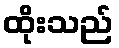
ထိုးသည်